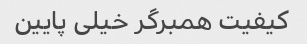
کیفیت همبرگر خیلی پایین